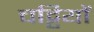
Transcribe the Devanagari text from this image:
चट्टियों